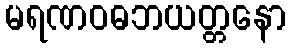
မရဏဝဓဘယတ္တနော